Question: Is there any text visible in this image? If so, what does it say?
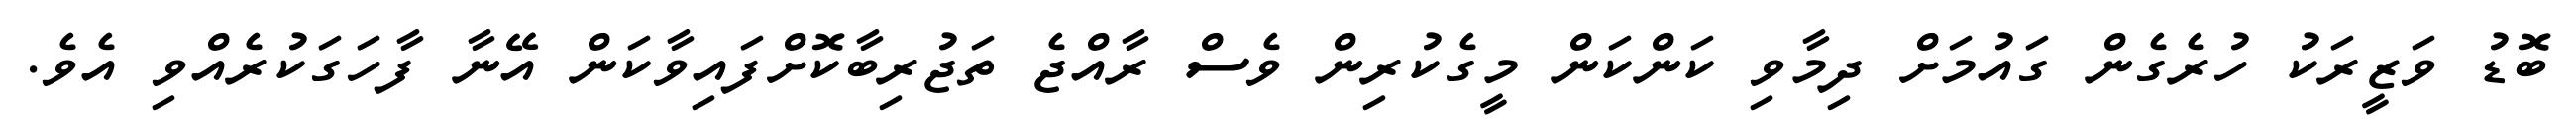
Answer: ބޮޑު ވަޒީރަކު ހުރެގެން ގައުމަށް ދިމާވި ކަންކަން މީގެކުރިން ވެސް ރާއްޖެ ތަޖުރިބާކޮށްފައިވާކަން އޭނާ ފާހަގަކުރެއްވި އެވެ.